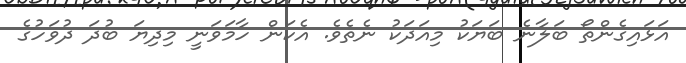
އަޅައިގެންތޯ ބަލާނެ ބަޔަކު މިއަދަކު ނެތެވެ. އެކަން ހާމަވަނީ މިދިޔަ ބުދަ ދުވަހުގެ